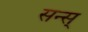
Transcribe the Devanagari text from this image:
सन्स्